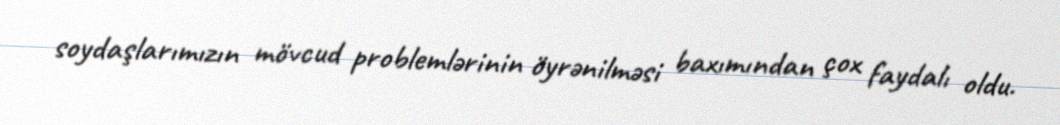
soydaşlarımızın mövcud problemlərinin öyrənilməsi baxımından çox faydalı oldu.